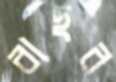
বাছর